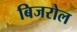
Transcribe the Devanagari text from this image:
बिजरोल